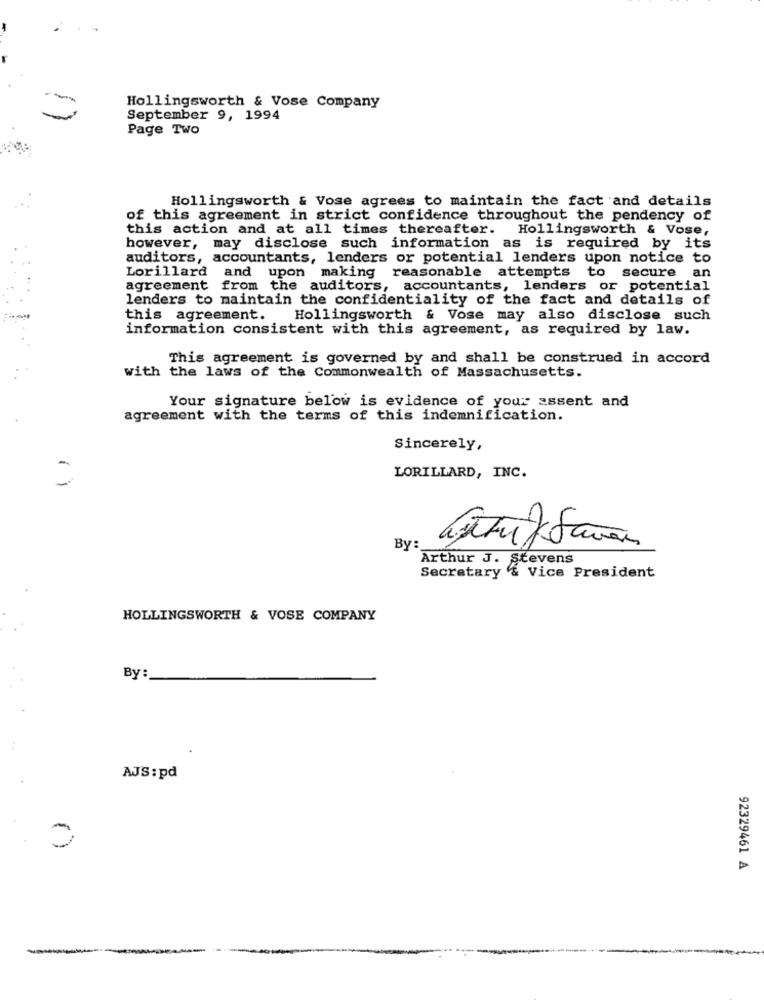
Hollingsworth & Vose Company
September 9, 1994
Page Two
Hollingsworth & Vose agrees to maintain the fact and details
of this agreement in strict confidence throughout the pendency of
this action and at all times thereafter.
Hollingsworth & Vose,
however, may disclose such information as is required by its
auditors, accountants, lenders or potential lenders upon notice to
Lorillard and upon making reasonable attempts to secure an
agreement from the auditors, accountants, lenders or potential
lenders to maintain the confidentiality of the fact and details of
this agreement. Hollingsworth & Vose may also disclose such
information consistent with this agreement, as required by law.
This agreement is governed by and shall be construed in accord
with the laws of the Commonwealth of Massachusetts.
Your signature below is evidence of your assent and
agreement with the terms of this indemnification.
Sincerely,
LORILLARD, INC.
By:
Arthur J. Stevens
Secretary & Vice President
HOLLINGSWORTH & VOSE COMPANY
By:
..
AJS : pd
92329461 A